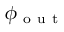
\phi _ { \mathrm { ~ o ~ u ~ t ~ } }